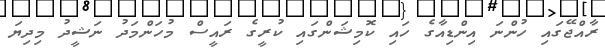
ރާއްޖޭގައި ހުންނަ އިންޑިއާގެ ހައި ކޮމިޝަންގައި ކުރީގެ ރައީސް މުހަންމަދު ނަޝީދު މިދިޔަ